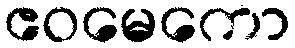
ဧဝမေကော